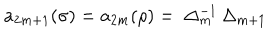
a _ { 2 m + 1 } ( \sigma ) = a _ { 2 m } ( \rho ) = \ \Delta _ { m } ^ { - 1 } \, \Delta _ { m + 1 }